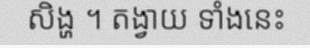
សិង្ហ ។ តង្វាយ ទាំងនេះ